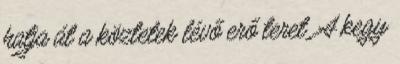
hatja át a köztetek lévő erő teret. A kegy